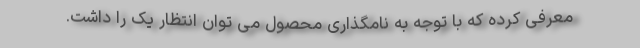
معرفی کرده که با توجه به نامگذاری محصول می توان انتظار یک را داشت.